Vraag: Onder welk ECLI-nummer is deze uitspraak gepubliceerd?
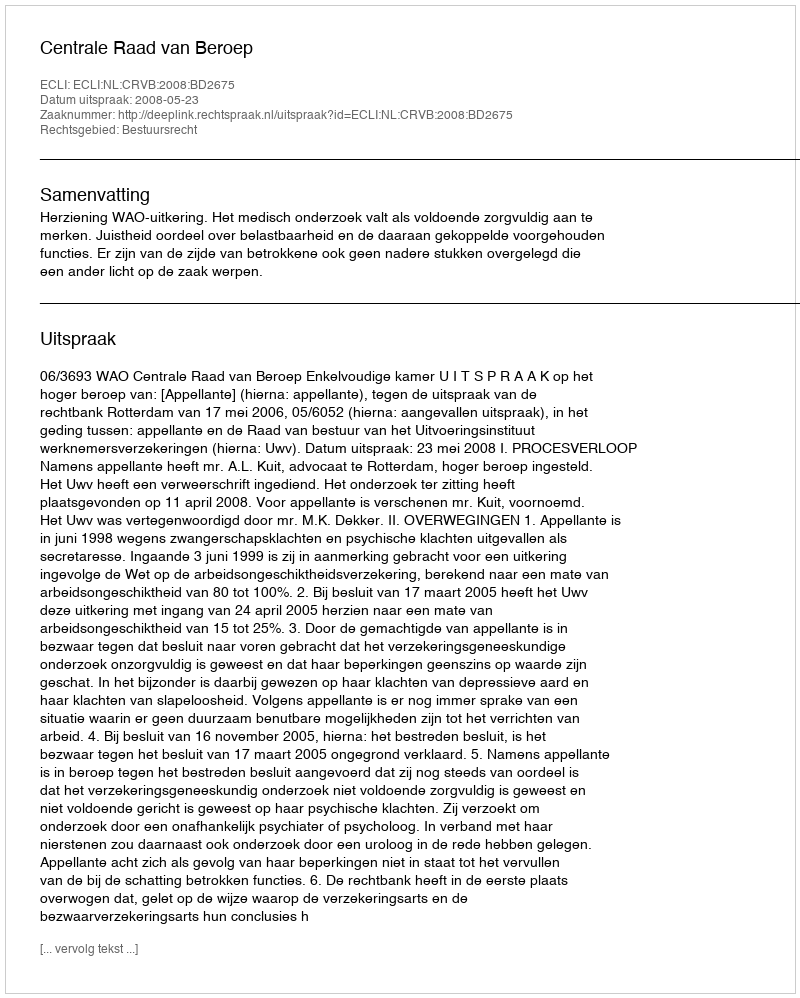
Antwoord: ECLI:NL:CRVB:2008:BD2675